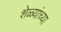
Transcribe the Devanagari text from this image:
शेळ्यांच्या